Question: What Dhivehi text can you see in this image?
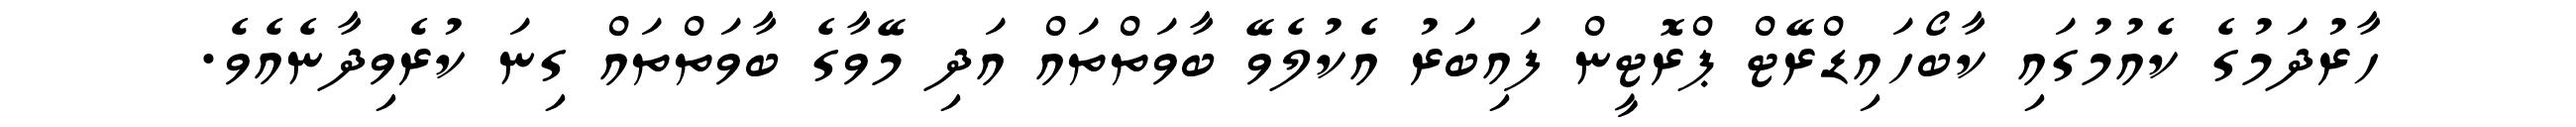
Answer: ހާރުދަމުގެ ކެއުމުގައި ކާބޯހައިޑްރޭޓް ޕްރޮޓީން ފައިބަރު އެކުލެވޭ ބާވަތްތައް އަދި މޭވާގެ ބާވަތްތައް ގިނަ ކުރެވިދާނެއެވެ.